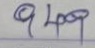
949